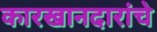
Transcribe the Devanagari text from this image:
कारखानदारांचे